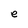
Character: e